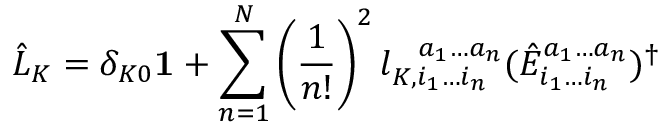
\hat { L } _ { K } = \delta _ { K 0 } \mathbf { 1 } + \sum _ { n = 1 } ^ { N } \left( \frac { 1 } { n ! } \right) ^ { 2 } l _ { K , i _ { 1 } \ldots i _ { n } } ^ { \phantom { K , } a _ { 1 } \ldots a _ { n } } ( \hat { E } _ { i _ { 1 } \ldots i _ { n } } ^ { a _ { 1 } \ldots a _ { n } } ) ^ { \dagger }